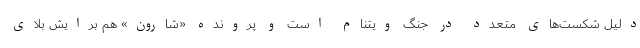
دلیل شکست‌های متعدد در جنگ ویتنام است و پرونده «شارون» هم برایش بلای